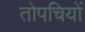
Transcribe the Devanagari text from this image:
तोपचियों